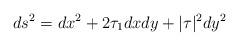
LaTeX: \begin{align*}ds^{2}= dx^{2}+2\tau_{1}dx dy+ |\tau|^{2} dy^{2}\end{align*}